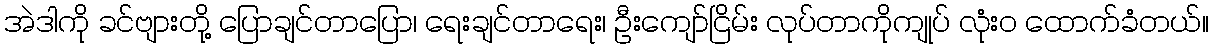
အဲဒါကို ခင်ဗျားတို့ ပြောချင်တာပြော၊ ရေးချင်တာရေး၊ ဦးကျော်ငြိမ်း လုပ်တာကိုကျုပ် လုံးဝ ထောက်ခံတယ်။